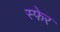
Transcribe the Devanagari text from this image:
स्फेर